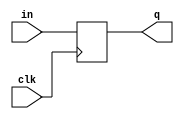
//////////////////////////////////////////////////////////////////
//    IonControl 1.0:  Copyright 2016 Sandia Corporation              
//    This Software is released under the GPL license detailed    
//    in the file "license.txt" in the top-level pyGSTi directory 
//////////////////////////////////////////////////////////////////

module clk_buffer_single(
	input wire clk, 
	input wire in, 
	output reg q );

always @(posedge clk)
begin
	q <= in;
end

endmodule